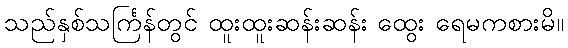
သည်နှစ်သင်္ကြန်တွင် ထူးထူးဆန်းဆန်း ထွေး ရေမကစားမိ။